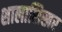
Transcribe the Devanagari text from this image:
शालाशिखर